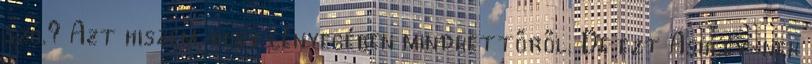
szó.? Azt hiszem, hogy lényegében mindkettőről. De ezt Ashley-nek